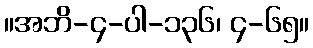
။အဘိ-၄-ပါ-၁၃၆၊ ၄-၆၅။